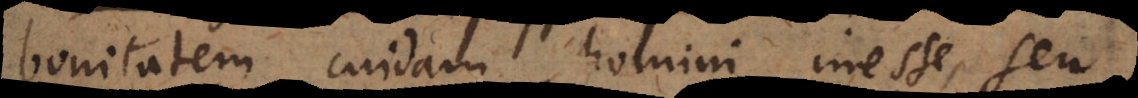
bonitatem cuidam homini inesse, seu